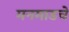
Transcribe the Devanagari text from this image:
मनमाडचे